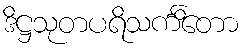
ဒိဋ္ဌသုတပရိသင်္ကိတော